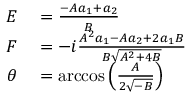
\begin{array} { r l } { E } & { { } = { \frac { - A a _ { 1 } + a _ { 2 } } { B } } } \\ { F } & { { } = - i { \frac { A ^ { 2 } a _ { 1 } - A a _ { 2 } + 2 a _ { 1 } B } { B { \sqrt { A ^ { 2 } + 4 B } } } } } \\ { \theta } & { { } = \operatorname { a r c c o s } \left( { \frac { A } { 2 { \sqrt { - B } } } } \right) } \end{array}